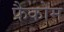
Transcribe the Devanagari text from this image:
फैकोम